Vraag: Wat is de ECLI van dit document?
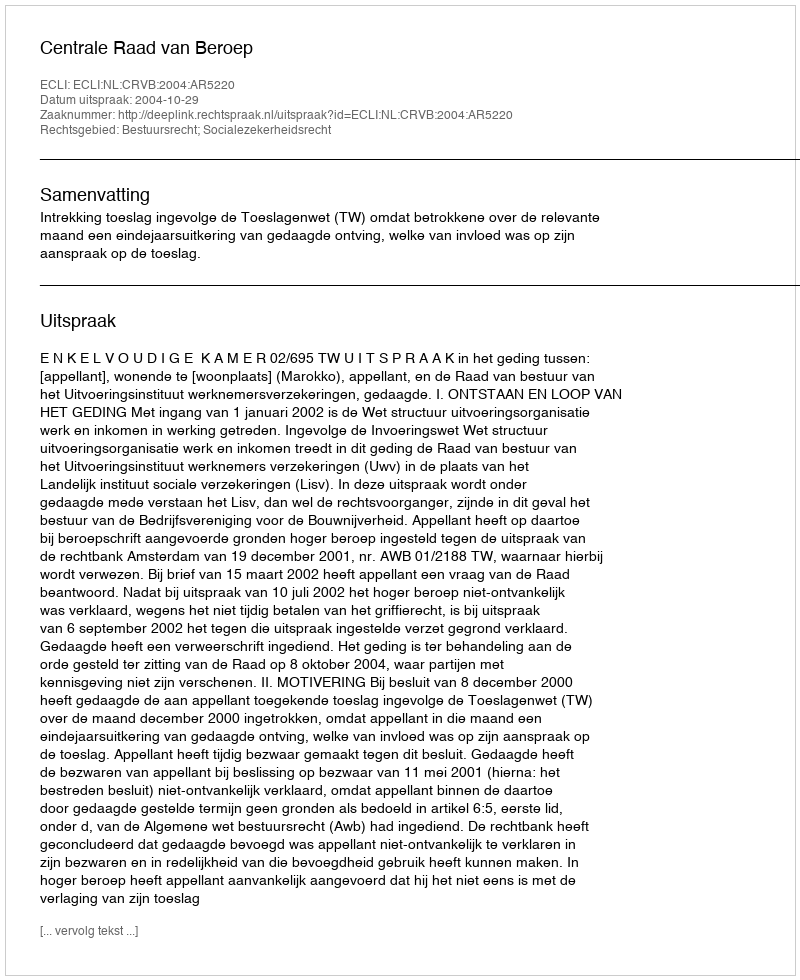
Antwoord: ECLI:NL:CRVB:2004:AR5220